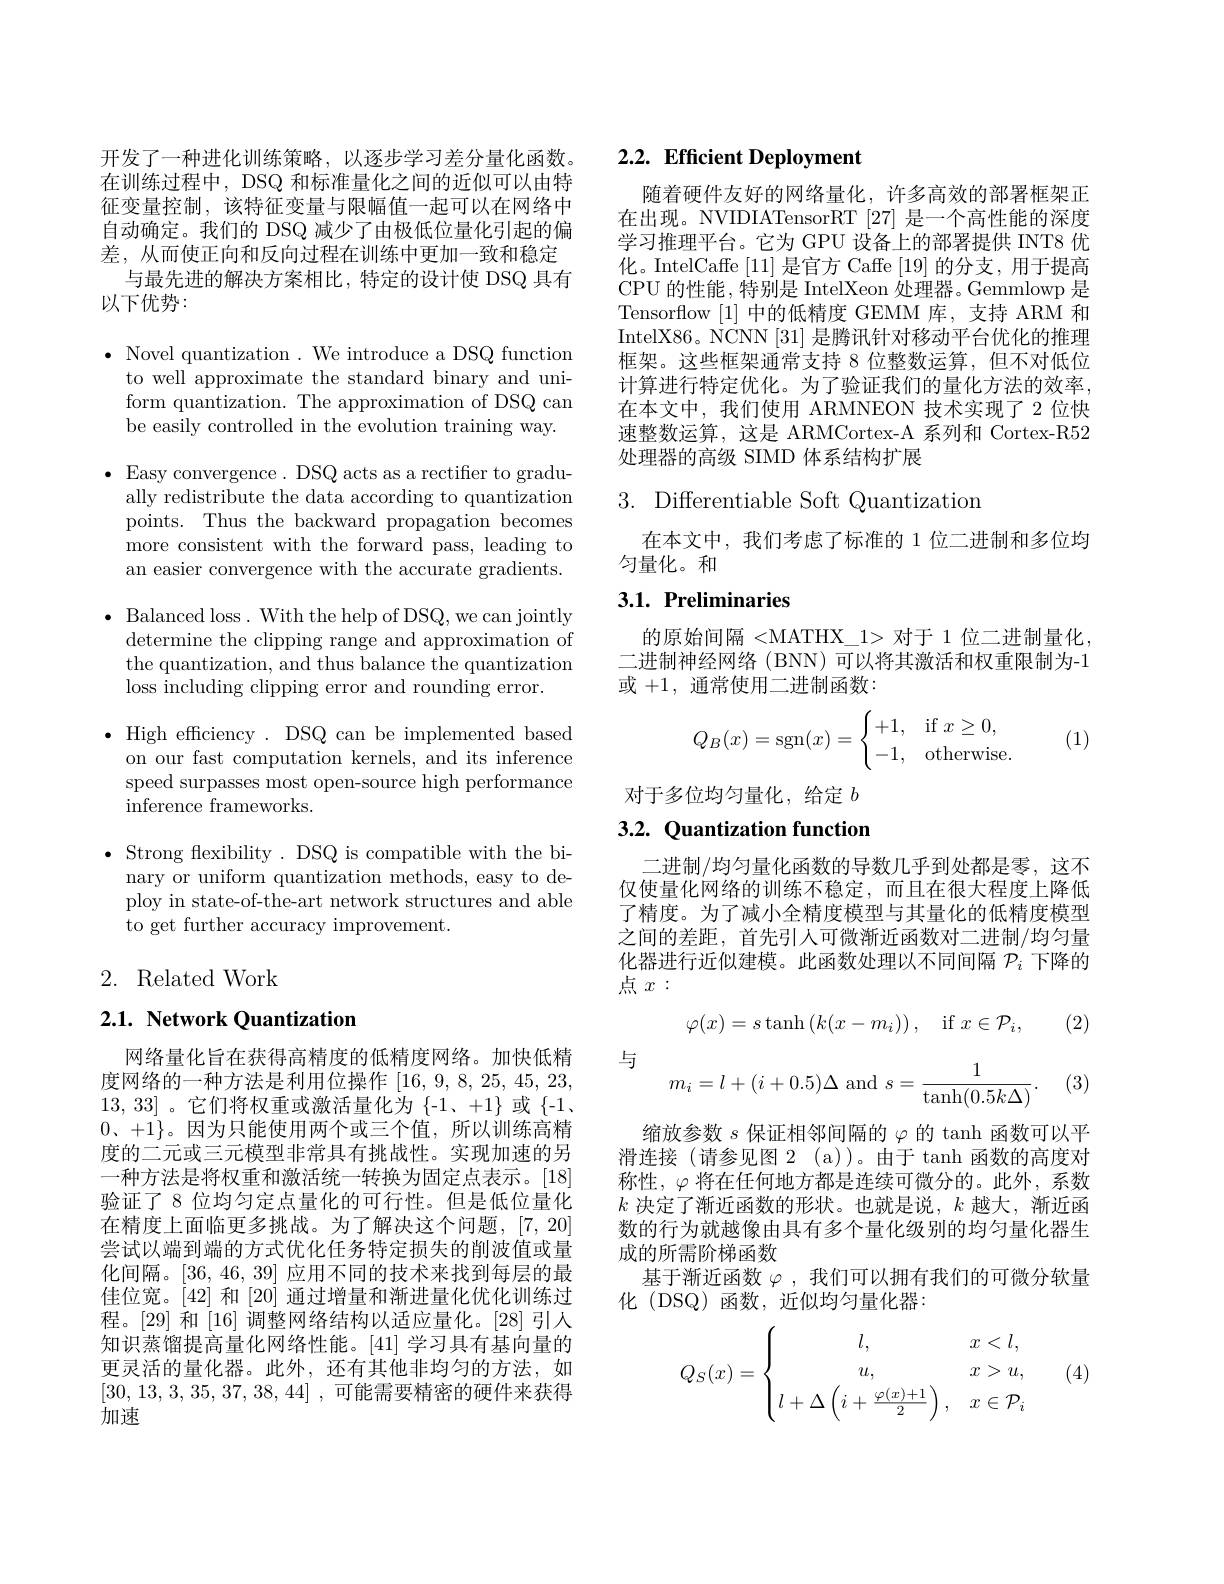
开发了一种进化训练策略，以逐步学习差分量化函数。在训练过程中，DSQ 和标准量化之间的近似可以由特征变量控制，该特征变量与限幅值一起可以在网络中自动确定。我们的 DSQ 减少了由极低位量化引起的偏差，从而使正向和反向过程在训练中更加一致和稳定
与最先进的解决方案相比，特定的设计使 DSQ 具有
以下优势：

$\bullet$ Novel quantization . We introduce a DSQ function
to well approximate the standard binary and uniform quantization. The approximation of DSQ can be easily controlled in the evolution training way. $\bullet$ Easy convergence. DSQ acts as a rectiffer to gradu-
ally redistribute the data according to quantization points. Thus the backward propagation becomes more consistent with the forward pass, leading to an easier convergence with the accurate gradients.
$\bullet$ Balanced loss. With the help of DSQ, we can jointly
determine the clipping range and approximation of the quantization, and thus balance the quantization loss including clipping error and rounding error.
$\bullet$ High efficiency. DSQ can be implemented based
on our fast computation kernels, and its inference speed surpasses most open-source high performance inference frameworks.

$\bullet$ Strong flexibility. DSQ is compatible with the bi-
nary or uniform quantization methods, easy to deploy in state-of-the-art network structures and able to get further accuracy improvement.

## 2. Related Work

## $2. 1. \textbf{ Network Quantization}$

网络量化旨在获得高精度的低精度网络。加快低精度网络的一种方法是利用位操作[16,9,8,25,45,23, 13,33]。它们将权重或激活量化为{-1、+1}或{-1} 0、$+1\}$。因为只能使用两个或三个值，所以训练高精度的二元或三元模型非常具有挑战性。实现加速的另一种方法是将权重和激活统一转换为固定点表示。[18] 验证了8位均匀定点量化的可行性。但是低位量化在精度上面临更多挑战。为了解决这个问题，[7,20] 尝试以端到端的方式优化任务特定损失的削波值或量化间隔。[36,46,39]应用不同的技术来找到每层的最佳位宽。[42]和 [20] 通过增量和渐进量化优化训练过程。[29] 和 [16] 调整网络结构以适应量化。[28] 引人知识蒸馏提高量化网络性能。[41] 学习具有基向量的更灵活的量化器。此外，还有其他非均匀的方法，如[30,13,3,35,37,38,44] , 可能需要精密的硬件来获得加速

# 2.2. Efficient Deployment

随着硬件友好的网络量化，许多高效的部署框架正在出现。NVIDIATensorRT[27] 是一个高性能的深度学习推理平台。它为 GPU 设备上的部署提供 INT8 优化。IntelCaffe [11]是官方 Caffe [19]的分支，用于提高CPU 的性能 ,特别是 IntelXeon 处理器。Gemmlowp 是Tensorflow [1]中的低精度 GEMM 库，支持 ARM 和IntelX86。NCNN [31] 是腾讯针对移动平台优化的推理框架。这些框架通常支持 8 位整数运算，但不对低位计算进行特定优化。为了验证我们的量化方法的效率， 在本文中，我们使用 ARMNEON 技术实现了 2 位快速整数运算，这是 ARMCortex-A 系列和 Cortex-R52处理器的高级 SIMD 体系结构扩展

## 3. Differentiable Soft Quantization

在本文中，我们考虑了标准的 1 位二进制和多位均
匀量化。和

### $3. 1. \textbf{Preliminaries}$

的原始间隔<MATHX\_1>对于 1 位二进制量化， 二进制神经网络 (BNN) 可以将其激活和权重限制为-1或+1,通常使用二进制函数：
$$Q_B(x)=\operatorname{sgn}(x)=\begin{cases}+1,&\text{if}x\ge0,\\-1,&\text{otherwise.}\end{cases}$$
(1)

对于多位均匀量化，给定$b$

## 3.2. Quantization function

二进制/均匀量化函数的导数几乎到处都是零，这不仅使量化网络的训练不稳定，而且在很大程度上降低了精度。为了减小全精度模型与其量化的低精度模型之间的差距，首先引人可微渐近函数对二进制/均匀量化器进行近似建模。此函数处理以不同间隔$\mathcal{P}_i$下降的点$x:$

(2)

与
$$\varphi(x)=s\tanh\left(k(x-m_i)\right),\quad\mathrm{if}\:x\in\mathcal{P}_i,$$
$$m_i=l+(i+0.5)\Delta\text{and}s=\frac{1}{\tanh(0.5k\Delta)}.$$
(3)

缩放参数$s$保证相邻间隔的$\varphi$的 tanh 函数可以平滑连接(请参见图 2(a))。由于 tanh 函数的高度对称性，$\varphi$将在任何地方都是连续可微分的。此外，系数$k$决定了渐近函数的形状。也就是说，$k$越大，渐近函数的行为就越像由具有多个量化级别的均匀量化器生成的所需阶梯函数
基于渐近函数$\varphi$ ,我们可以拥有我们的可微分软量
化 (DSQ)函数，近似均匀量化器：
$$Q_S(x)=\begin{cases}\quad l,&x<l,\\\quad u,&x>u,\\l+\Delta\left(i+\frac{\varphi(x)+1}{2}\right),&x\in\mathcal{P}_i\end{cases}$$
(4)